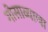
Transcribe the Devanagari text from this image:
गोसाव्याचा